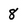
Character: 8